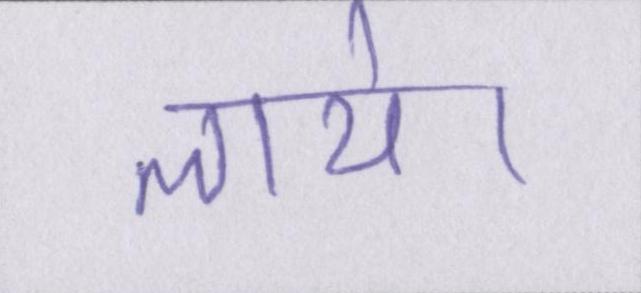
लाये।